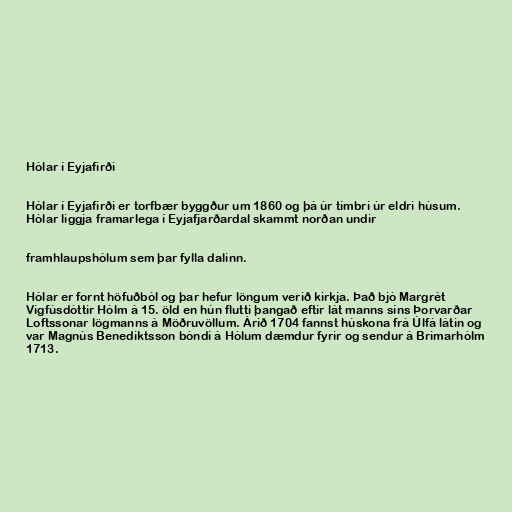
Hólar í Eyjafirði

Hólar í Eyjafirði er torfbær byggður um 1860 og þá úr timbri úr eldri húsum.
Hólar liggja framarlega í Eyjafjarðardal skammt norðan undir

framhlaupshólum sem þar fylla dalinn.

Hólar er fornt höfuðból og þar hefur löngum verið kirkja. Það bjó Margrét
Vigfúsdóttir Hólm á 15. öld en hún flutti þangað eftir lát manns síns Þorvarðar
Loftssonar lögmanns á Möðruvöllum. Árið 1704 fannst húskona frá Úlfá látin og
var Magnús Benediktsson bóndi á Hólum dæmdur fyrir og sendur á Brimarhólm
1713.